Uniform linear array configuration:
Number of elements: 64
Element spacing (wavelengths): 0.25
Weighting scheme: hann
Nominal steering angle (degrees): -15
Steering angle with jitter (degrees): -14.347
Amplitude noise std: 0.05
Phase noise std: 0.05

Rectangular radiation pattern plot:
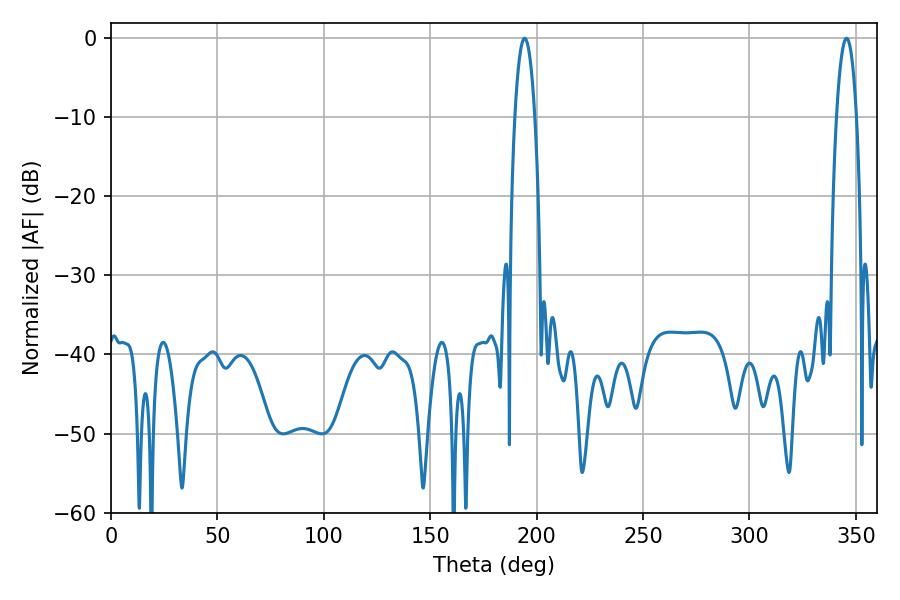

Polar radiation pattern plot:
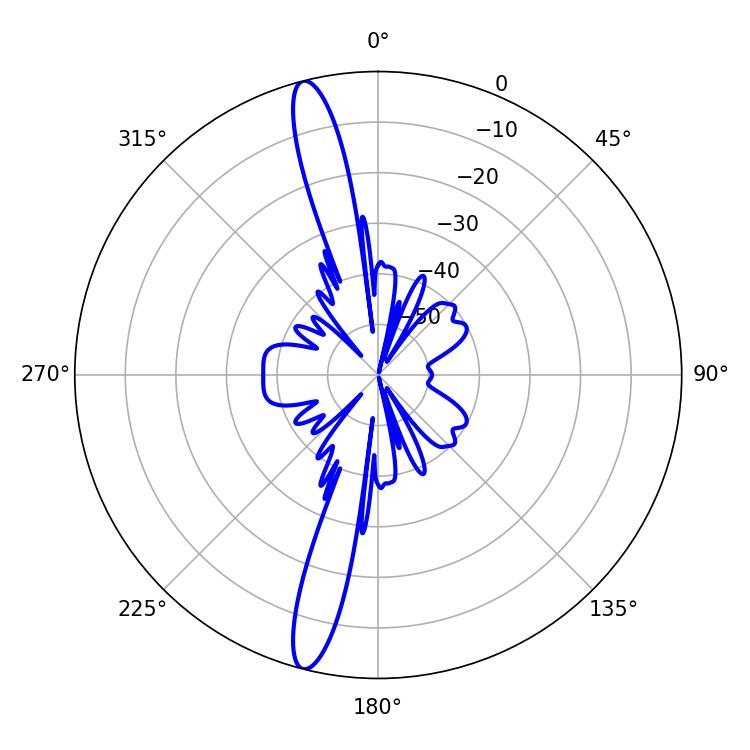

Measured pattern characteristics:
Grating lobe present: FALSE
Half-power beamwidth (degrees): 5.22
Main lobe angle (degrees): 194.4